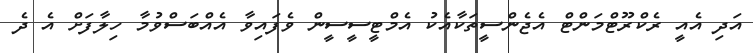
އަދި އެއީ ރެކްރޫޓްމަންޓް އެޖެންސީތަކާއެކު އެމްޓީސީސީން ވެފައިވާ އެއްބަސްވުމާ ހިލާފަށް އެ ދެ